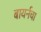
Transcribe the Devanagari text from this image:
बायर्नचा